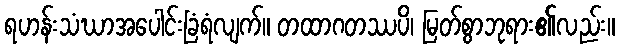
ရဟန်းသံဃာအပေါင်းခြံရံလျက်။ တထာဂတဿပိ၊ မြတ်စွာဘုရား၏လည်း။